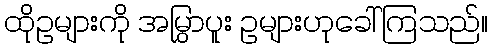
ထိုဥများကို အမြွှာပူး ဥများဟုခေါ်ကြသည်။